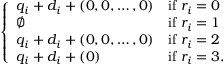
\left\{ \begin{array} { l l } { q _ { i } + d _ { i } + ( 0 , 0 , \dots , 0 ) } & { \mathrm { i f ~ } r _ { i } = 0 } \\ { \emptyset } & { \mathrm { i f ~ } r _ { i } = 1 } \\ { q _ { i } + d _ { i } + ( 0 , 0 , \dots , 0 ) } & { \mathrm { i f ~ } r _ { i } = 2 } \\ { q _ { i } + d _ { i } + ( 0 ) } & { \mathrm { i f ~ } r _ { i } = 3 . } \end{array} \right.